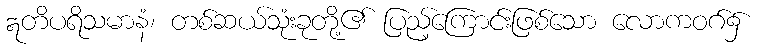
ဣတိပရိသမာနံ၊ တစ်ဆယ်သုံးခုတို့၏ ပြည့်ကြောင်းဖြစ်သော လောကဝဂ်၌